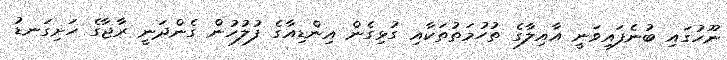
ނޫހުގައި ބުނެފައިވަނީ އާއިލާގެ ތުހުމަތުތަކާއި ގުޅިގެން އިންޑިއާގެ ފުލުހުން ގެންދަނީ ރާޖާގެ ހަށިގަނޑު